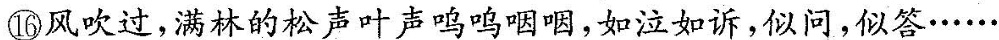
⑯风吹过，满林的松声叶声呜呜咽咽，如泣如诉，似问，似答······